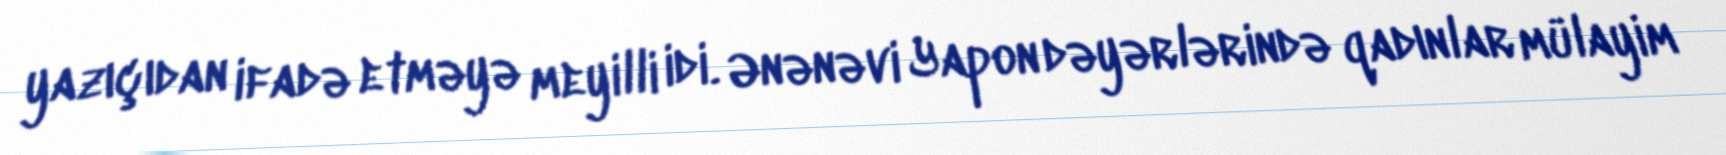
yazıçıdan ifadə etməyə meyilli idi. Ənənəvi Yapon dəyərlərində qadınlar mülayim